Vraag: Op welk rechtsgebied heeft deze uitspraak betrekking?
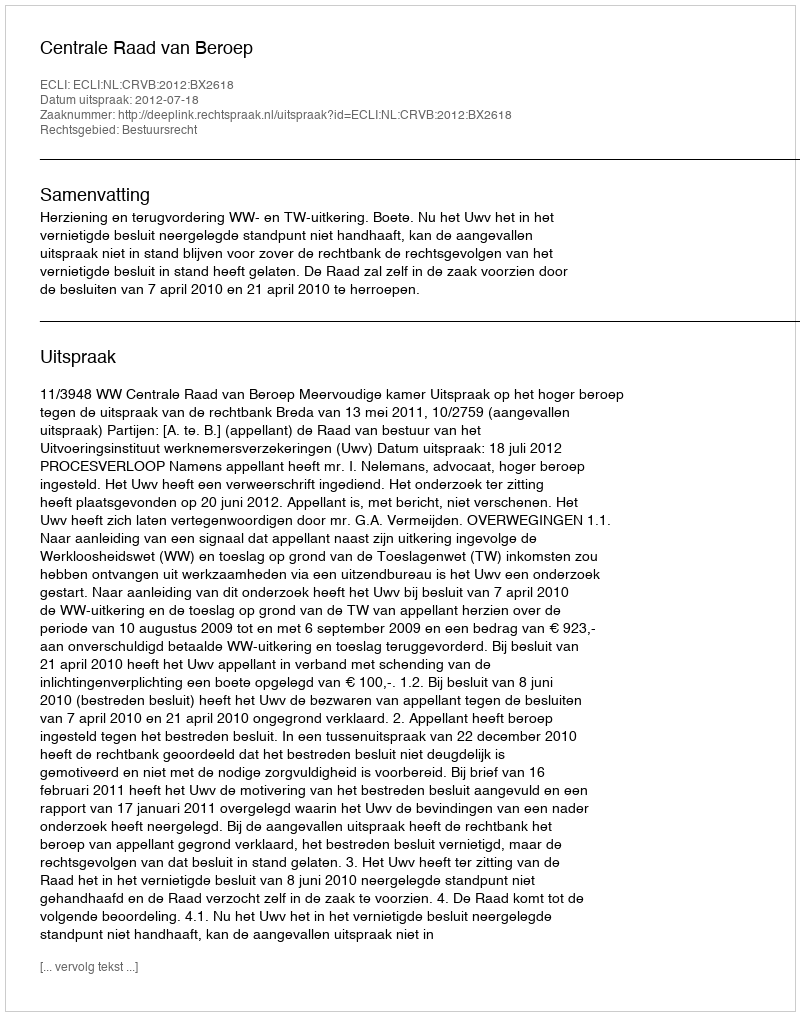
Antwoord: Bestuursrecht